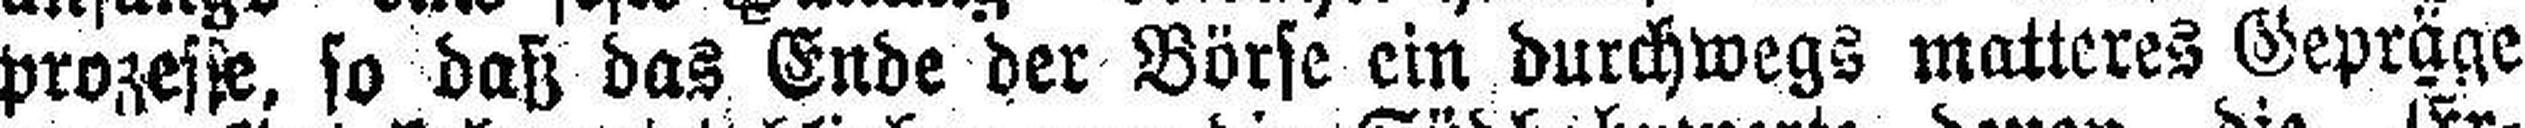
prozesse, so daß das Ende der Börse ein durchwegs matteres Gepräge